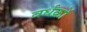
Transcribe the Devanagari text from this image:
वर्धकों